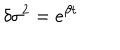
{ \delta } { \sigma } ^ { 2 } = e ^ { { \beta } t }